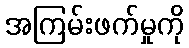
အကြမ်းဖက်မှုကို